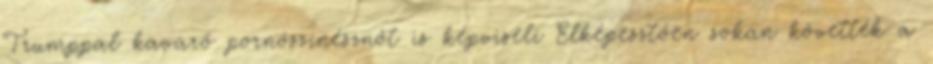
Trumppal kavaró pornószínésznőt is képviseli Elképesztően sokan követték a